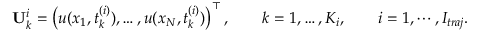
{ \bf U } _ { k } ^ { i } = \left( u ( x _ { 1 } , t _ { k } ^ { ( i ) } ) , \dots , u ( x _ { N } , t _ { k } ^ { ( i ) } ) \right) ^ { \top } , \qquad k = 1 , \dots , K _ { i } , \qquad i = 1 , \cdots , I _ { t r a j } .